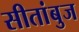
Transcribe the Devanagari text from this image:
सीतांबुज